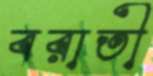
বরাতী